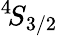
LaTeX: {}^{4}\! S_{3/2}